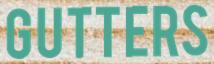
GUTTERS